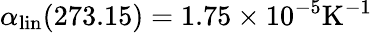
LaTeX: \alpha_{\mathrm{lin}}(273.15)=1.75\times 10^{-5}\mathrm{K^{-1}}